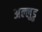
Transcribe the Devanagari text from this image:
अल्लुडु